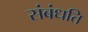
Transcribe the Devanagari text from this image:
संबंधति